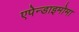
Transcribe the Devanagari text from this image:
एपेन्डाइमोमा